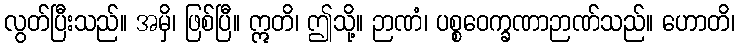
လွတ်ပြီးသည်။ အမှိ၊ ဖြစ်ပြီ။ ဣတိ၊ ဤသို့။ ဉာဏံ၊ ပစ္စဝေက္ခဏာဉာဏ်သည်။ ဟောတိ၊